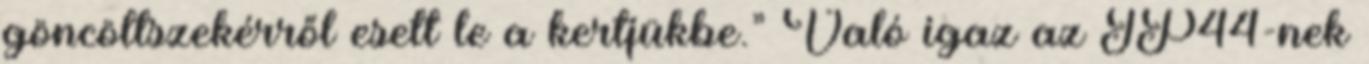
göncöltszekérről esett le a kertjükbe.” Való igaz az IP44-nek